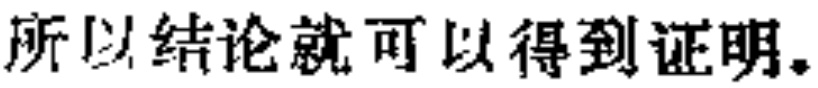
所以结论就可以得到证明。